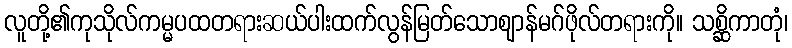
လူတို့၏ကုသိုလ်ကမ္မပထတရားဆယ်ပါးထက်လွန်မြတ်သောဈာန်မဂ်ဖိုလ်တရားကို။ သစ္ဆိကာတုံ၊